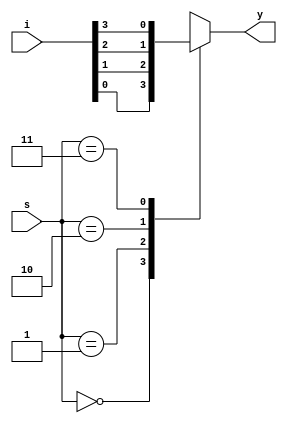
`timescale 1ns / 1ps
module Multiplexer(s, i, y);
	input[1:0]	s;
	input[3:0]	i;
	output		y;
	
	reg			y;
	always @ (s or i)
	begin : MUX
		case(s)
			2'b00 : y = i[0];
			2'b01 : y = i[1];
			2'b10 : y = i[2];
			2'b11 : y = i[3];
		endcase
	end
endmodule